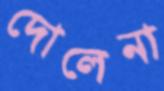
দোলেনা